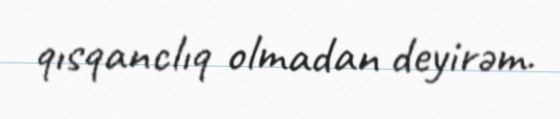
qısqanclıq olmadan deyirəm.